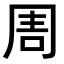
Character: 𠱬